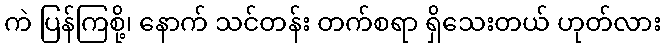
ကဲ ပြန်ကြစို့၊ နောက် သင်တန်း တက်စရာ ရှိသေးတယ် ဟုတ်လား